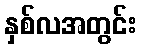
နှစ်လအတွင်း